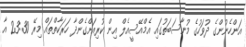
އަންހެނުންގެ ދުވަހުގެ މުނާސަބަތުގައި އެމްއޭސީއެލް އިން ކުރިއަށްގެންދާ ހަރަކާތްތައް މިރޭ 23:30 އާ